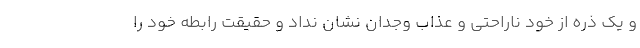
و یک ذره از خود ناراحتی و عذاب وجدان نشان نداد و حقیقت رابطه خود را